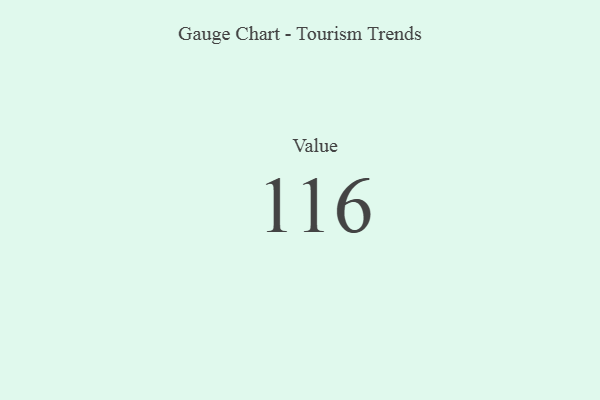
{"axis": {"x": "Metric", "y": "Value"}, "legend": [""], "data": [{"x": "Value", "y": 116, "type": ""}]}